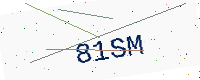
Text: 81SM